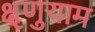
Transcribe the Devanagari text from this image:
क्षृणुयाम